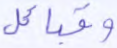
وقبائل